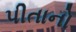
પીતાનો